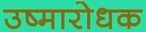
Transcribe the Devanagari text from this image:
उष्मारोधक